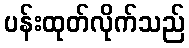
ပန်းထုတ်လိုက်သည်